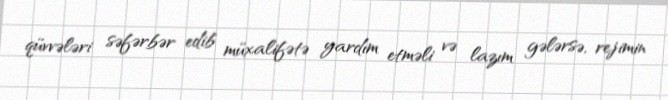
qüvvələri səfərbər edib müxalifətə yardım etməli və lazım gələrsə, rejimin